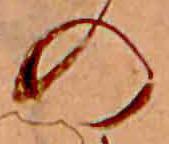
の